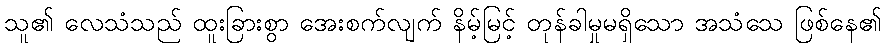
သူ၏ လေသံသည် ထူးခြားစွာ အေးစက်လျက် နိမ့်မြင့် တုန်ခါမှုမရှိသော အသံသေ ဖြစ်နေ၏